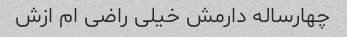
چهارساله دارمش خیلی راضی ام ازش